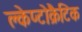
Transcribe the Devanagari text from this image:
क्लेप्टोक्रैटिक